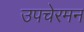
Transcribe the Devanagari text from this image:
उपचेरमन